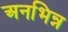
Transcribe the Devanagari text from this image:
अनभिन्न